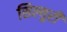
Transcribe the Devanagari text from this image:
सिल्युरी